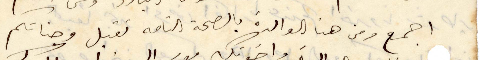
اجمع ومن هنا الوالدة بالصحة التامة تقبل وجناتكم